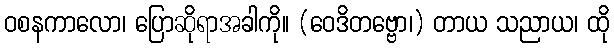
ဝစနကာလော၊ ပြောဆိုရာအခါကို။ (ဝေဒိတဗ္ဗော၊) တာယ သညာယ၊ ထို